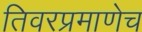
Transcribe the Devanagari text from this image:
तिवरप्रमाणेच